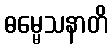
ဓမ္မေသနာတိ